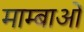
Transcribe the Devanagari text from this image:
माम्बाओं